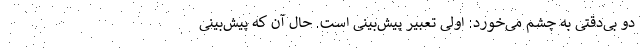
دو بی‌دقتی به چشم می‌خورد: اولی تعبیر پیش‌بینی است. حال آن که پیش‌بینی